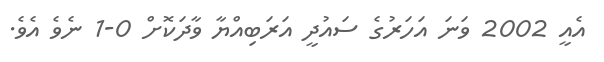
އެއީ 2002 ވަނަ އަހަރުގެ ސައުދީ އަރަބިއްޔާ ވާދަކޮށް 0-1 ނެވެ އެވެ.